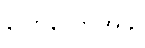
ပြောသောအခါ